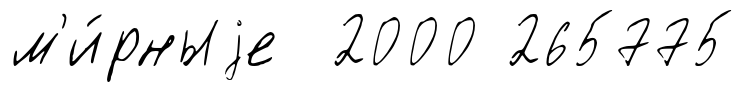
м'и́рныjе 2000 265775